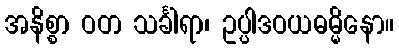
အနိစ္စာ ဝတ သင်္ခါရာ၊ ဥပ္ပါဒဝယဓမ္မိနော။